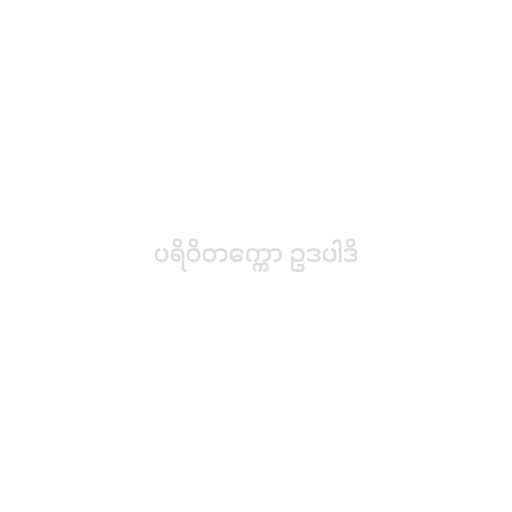
ပရိဝိတက္ကော ဥဒပါဒိ